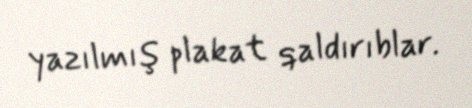
yazılmış plakat qaldırıblar.